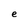
Character: e